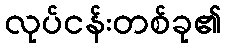
လုပ်ငန်းတစ်ခု၏